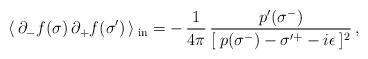
LaTeX: \begin{align*}\langle\, \partial_{-}f(\sigma )\,\partial_{+}f(\sigma' )\, \rangle\,_{\rm{in}} =-\,\frac{1}{4\pi }\,\frac{p'(\sigma^{-})}{[\:p(\sigma^{-}) - \sigma'^{+}- i\epsilon \:]^{2}} \,,\end{align*}